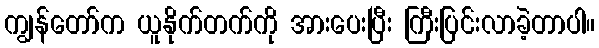
ကျွန်တော်က ယူနိုက်တက်ကို အားပေးပြီး ကြီးပြင်းလာခဲ့တာပါ။